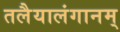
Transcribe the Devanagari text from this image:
तलैयालंगानम्